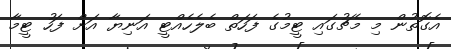
އެގޮތުން މި މެޗުގައި ޓީމުގެ ފަހަތް ބެލެހެއްޓީ އަނިޔާ އަށް ފަހު ޓީމާ